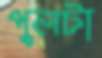
পুলটা